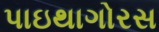
પાઇથાગોરસ